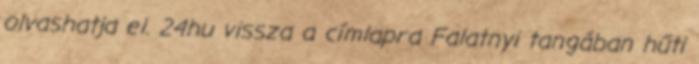
olvashatja el. 24hu vissza a címlapra Falatnyi tangában hűti